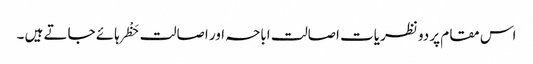
اس مقام پر دو نظریات اصالت اباحہ اور اصالت حَظْر ہائے جاتے ہیں ۔